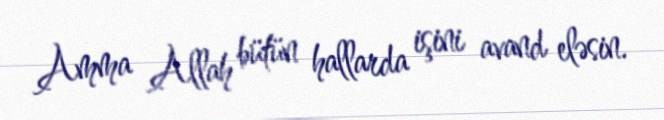
Amma Allah bütün hallarda işini avand eləsin.